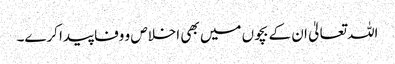
اللہ تعالیٰ ان کے بچوں میں بھی اخلاص و وفا پیدا کرے۔